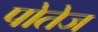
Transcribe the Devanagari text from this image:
पोतेज